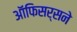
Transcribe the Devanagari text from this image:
ऑफिसर्सने